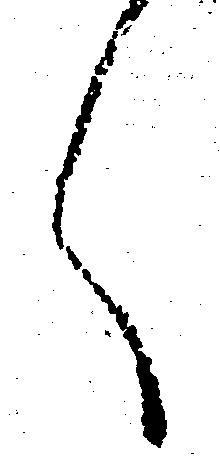
々